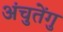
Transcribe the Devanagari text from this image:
अंचुतेंगु